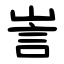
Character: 訔